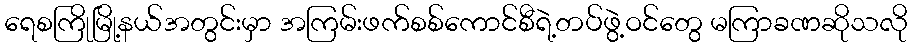
ရေစကြိုမြို့နယ်အတွင်းမှာ အကြမ်းဖက်စစ်ကောင်စီရဲ့တပ်ဖွဲ့ဝင်တွေ မကြာခဏဆိုသလို